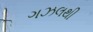
ગઝલથી